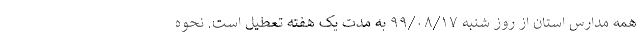
همه مدارس استان از روز شنبه ۹۹/۰۸/۱۷ به مدت یک هفته تعطیل است. نحوه